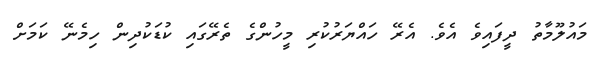
މައުލޫމާތު ދީފައިވެ އެވެ. އެރޭ ހައްޔަރުކުރި މީހުންގެ ތެރޭގައި ކުޑަކުދިން ހިމެނޭ ކަމަށް